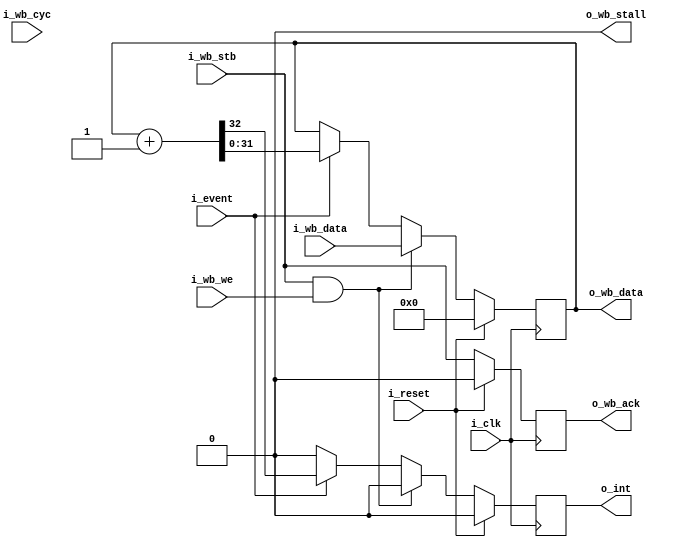
////////////////////////////////////////////////////////////////////////////////
//
//
// Project:	Zip CPU -- a small, lightweight, RISC CPU soft core
//
// Purpose:
//		A very, _very_ simple counter.  It's purpose doesn't really
//	include rollover, but it will interrupt on rollover.  It can be set,
//	although my design concept is that it can be reset.  It cannot be
//	halted.  It will always produce interrupts--whether or not they are 
//	handled interrupts is another question--that's up to the interrupt
//	controller.
//
//	My intention is to use this counter for process accounting: I should
//	be able to use this to count clock ticks of processor time assigned to
//	each task by resetting the counter at the beginning of every task
//	interval, and reading the result at the end of the interval.  As long
//	as the interval is less than 2^32 clocks, there should be no problem.
//	Similarly, this can be used to measure CPU wishbone bus stalls, 
//	prefetch stalls, or other CPU stalls (i.e. stalling as part of a JMP
//	instruction, or a read from the condition codes following a write).
//
//
// Creator:	Dan Gisselquist, Ph.D.
//		Gisselquist Technology, LLC
//
////////////////////////////////////////////////////////////////////////////////
//
// Copyright (C) 2015-2020, Gisselquist Technology, LLC
//
// This program is free software (firmware): you can redistribute it and/or
// modify it under the terms of  the GNU General Public License as published
// by the Free Software Foundation, either version 3 of the License, or (at
// your option) any later version.
//
// This program is distributed in the hope that it will be useful, but WITHOUT
// ANY WARRANTY; without even the implied warranty of MERCHANTIBILITY or
// FITNESS FOR A PARTICULAR PURPOSE.  See the GNU General Public License
// for more details.
//
// You should have received a copy of the GNU General Public License along
// with this program.  (It's in the $(ROOT)/doc directory.  Run make with no
// target there if the PDF file isn't present.)  If not, see
// <http://www.gnu.org/licenses/> for a copy.
//
// License:	GPL, v3, as defined and found on www.gnu.org,
//		http://www.gnu.org/licenses/gpl.html
//
//
////////////////////////////////////////////////////////////////////////////////
//
//
`default_nettype	none
//
module	zipcounter(i_clk, i_reset, i_event,
		i_wb_cyc, i_wb_stb, i_wb_we, i_wb_data,
			o_wb_stall, o_wb_ack, o_wb_data,
		o_int);
	parameter	BW = 32;
	input	wire			i_clk, i_reset, i_event;
	// Wishbone inputs
	input	wire			i_wb_cyc, i_wb_stb, i_wb_we;
	input	wire	[(BW-1):0]	i_wb_data;
	// Wishbone outputs
	output	wire			o_wb_stall;
	output	reg			o_wb_ack;
	output	reg	[(BW-1):0]	o_wb_data;
	// Interrupt line
	output	reg			o_int;

	initial	o_int = 0;
	initial	o_wb_data = 32'h00;
	always @(posedge i_clk)
		if (i_reset)
			{ o_int, o_wb_data } <= 0;
		else if ((i_wb_stb)&&(i_wb_we))
			{ o_int, o_wb_data } <= { 1'b0, i_wb_data };
		else if (i_event)
			{ o_int, o_wb_data } <= o_wb_data+{{(BW-1){1'b0}},1'b1};
		else
			o_int <= 1'b0;

	initial	o_wb_ack = 1'b0;
	always @(posedge i_clk)
	if (i_reset)
		o_wb_ack <= 1'b0;
	else
		o_wb_ack <= i_wb_stb;
	assign	o_wb_stall = 1'b0;


	// Make verilator happy
	// verilator lint_off UNUSED
	wire	unused;
	assign	unused = i_wb_cyc;
	// verilator lint_on  UNUSED

`ifdef	FORMAL
// Formal properties for this module are maintained elsewhere
`endif
endmodule